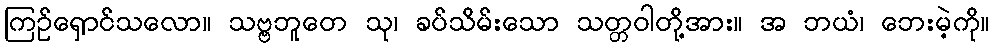
ကြဉ်ရှောင်သလော။ သဗ္ဗဘူတေ သု၊ ခပ်သိမ်းသော သတ္တဝါတို့အား။ အ ဘယံ၊ ဘေးမဲ့ကို။